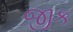
જીક